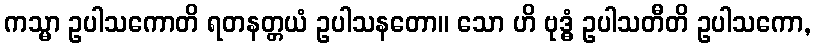
ကသ္မာ ဥပါသကောတိ ရတနတ္တယံ ဥပါသနတော။ သော ဟိ ဗုဒ္ဓံ ဥပါသတီတိ ဥပါသကော,